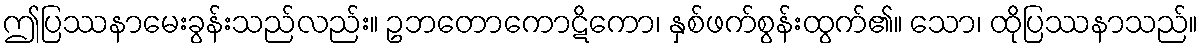
ဤပြဿနာမေးခွန်းသည်လည်း။ ဥဘတောကောဋိကော၊ နှစ်ဖက်စွန်းထွက်၏။ သော၊ ထိုပြဿနာသည်။